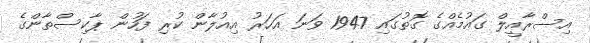
އިސްރާއީލް ގައުމެއްގެ ގޮތުގައި 1947 ވަނަ އަހަރު އިއުލާން ކުރި ފަހުން ޕާކިސްތާންގެ